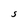
Character: S